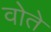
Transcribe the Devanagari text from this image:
वोते